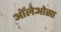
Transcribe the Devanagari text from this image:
ऑलेओसा